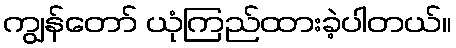
ကျွန်တော် ယုံကြည်ထားခဲ့ပါတယ်။